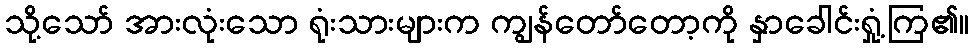
သို့သော် အားလုံးသော ရုံးသားများက ကျွန်တော်တော့ကို နှာခေါင်းရှုံ့ကြ၏။